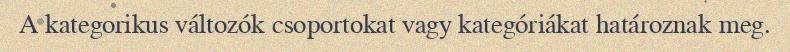
A kategorikus változók csoportokat vagy kategóriákat határoznak meg.